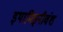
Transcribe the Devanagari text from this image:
इथामिइनीवंश